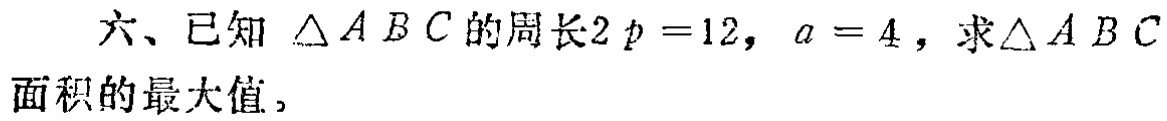
六、已知 $\triangle ABC$ 的周长$2p = 12$，$a = 4$，求$\triangle ABC$ 面积的最大值。